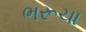
ભરૂચા